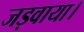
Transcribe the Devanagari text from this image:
जड़वाया।